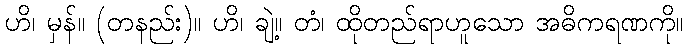
ဟိ၊ မှန်။ (တနည်း)။ ဟိ၊ ချဲ့။ တံ၊ ထိုတည်ရာဟူသော အဓိကရဏကို။